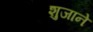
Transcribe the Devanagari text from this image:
शुजाने